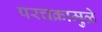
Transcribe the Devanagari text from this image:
परचक्रामुळे